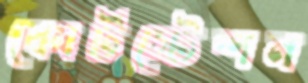
কোর্টস্টেশন